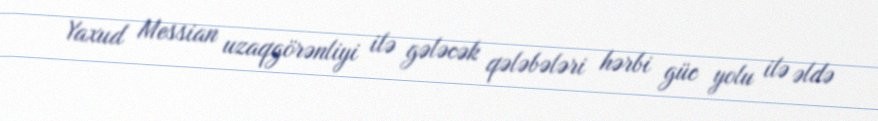
Yaxud Messian uzaqgörənliyi ilə gələcək qələbələri hərbi güc yolu ilə əldə